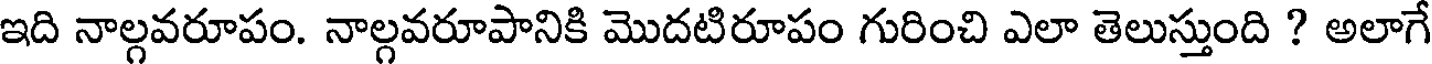
ఇది నాల్గవరూపం. నాల్గవరూపానికి మొదటిరూపం గురించి ఎలా తెలుస్తుంది ? అలాగే